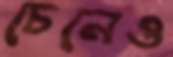
চেনেও